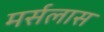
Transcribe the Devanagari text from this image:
मर्सलास